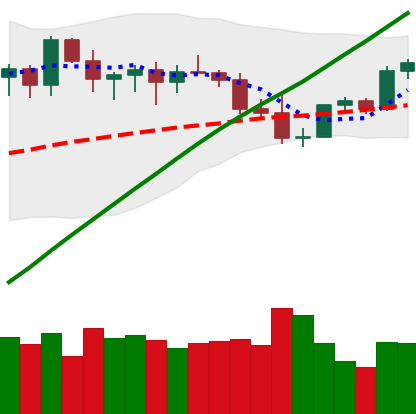
Ticker: ETH-USD
Chart end date: 2021-03-30
Forward return: 13.385%
Label: up_7plus